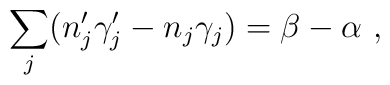
\sum_{j}(n'_{j}\gamma'_{j} - n_{j}\gamma_{j}) = \beta -\alpha \ ,